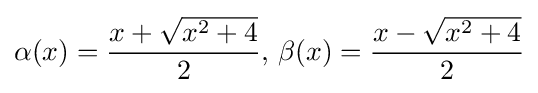
\alpha (x)={\frac {x+{\sqrt {x^{2}+4}}}{2}},\,\beta (x)={\frac {x-{\sqrt {x^{2}+4}}}{2}}